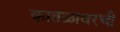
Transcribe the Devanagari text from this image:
कातळावरची